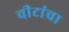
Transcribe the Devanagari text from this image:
वीटांचा